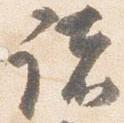
諸